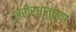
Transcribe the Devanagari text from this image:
शरीरधातुंच्या